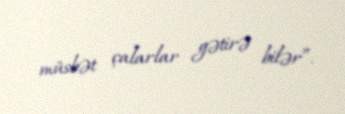
müsbət çalarlar gətirə bilər”.